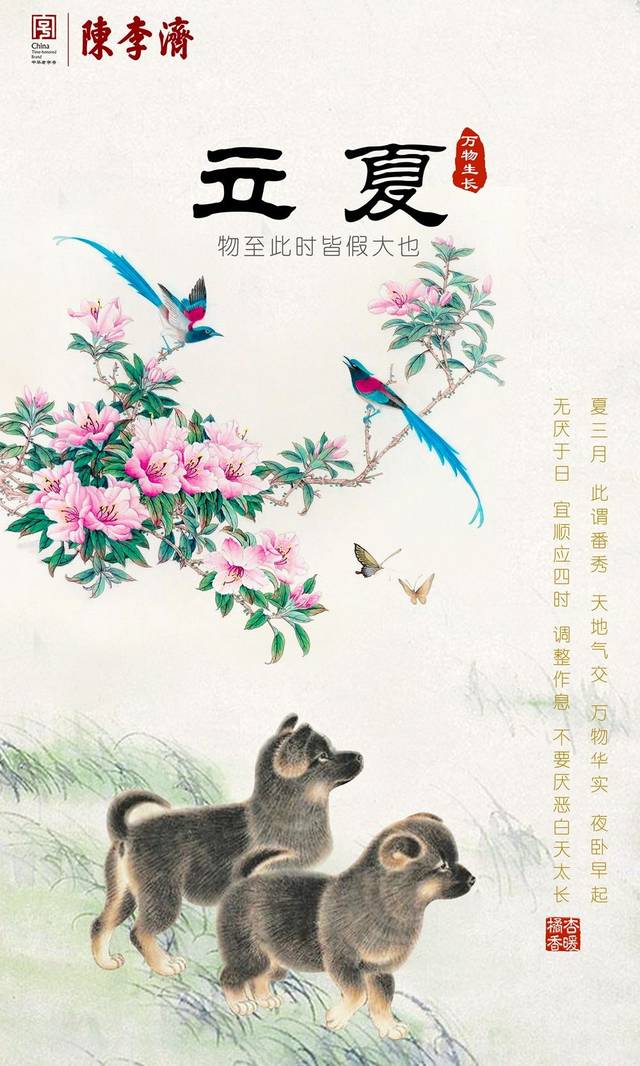
纷纷红紫已成尘，布谷声中夏令新。